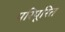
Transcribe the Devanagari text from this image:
परिपूरित